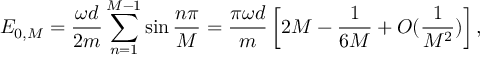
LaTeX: E _ { 0 , M } = { \frac { \omega d } { 2 m } } \sum _ { n = 1 } ^ { M - 1 } \sin { \frac { n \pi } { M } } = { \frac { \pi \omega d } { m } } \left[ { 2 } M - { \frac { 1 } { 6 M } } + O ( { \frac { 1 } { M ^ { 2 } } } ) \right] ,